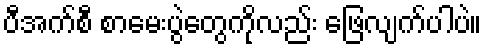
ပီအက်စီ စာမေးပွဲတွေကိုလည်း ဖြေလျက်ပါပဲ။